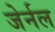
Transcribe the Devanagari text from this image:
जेर्नल